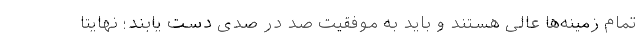
تمام زمینه‌ها عالی هستند و باید به موفقیت صد در صدی دست یابند؛ نهایتا